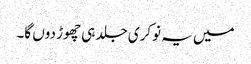
میں یہ نوکری جلد ہی چھوڑ دوں گا۔